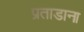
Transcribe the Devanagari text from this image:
प्रताडाना